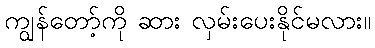
ကျွန်တော့်ကို ဆား လှမ်းပေးနိုင်မလား။